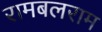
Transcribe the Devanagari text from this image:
रामबलराम